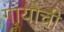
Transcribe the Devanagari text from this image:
गायोची